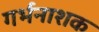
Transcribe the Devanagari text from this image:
गर्भनाशक